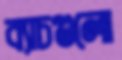
ব্যাচগুলো